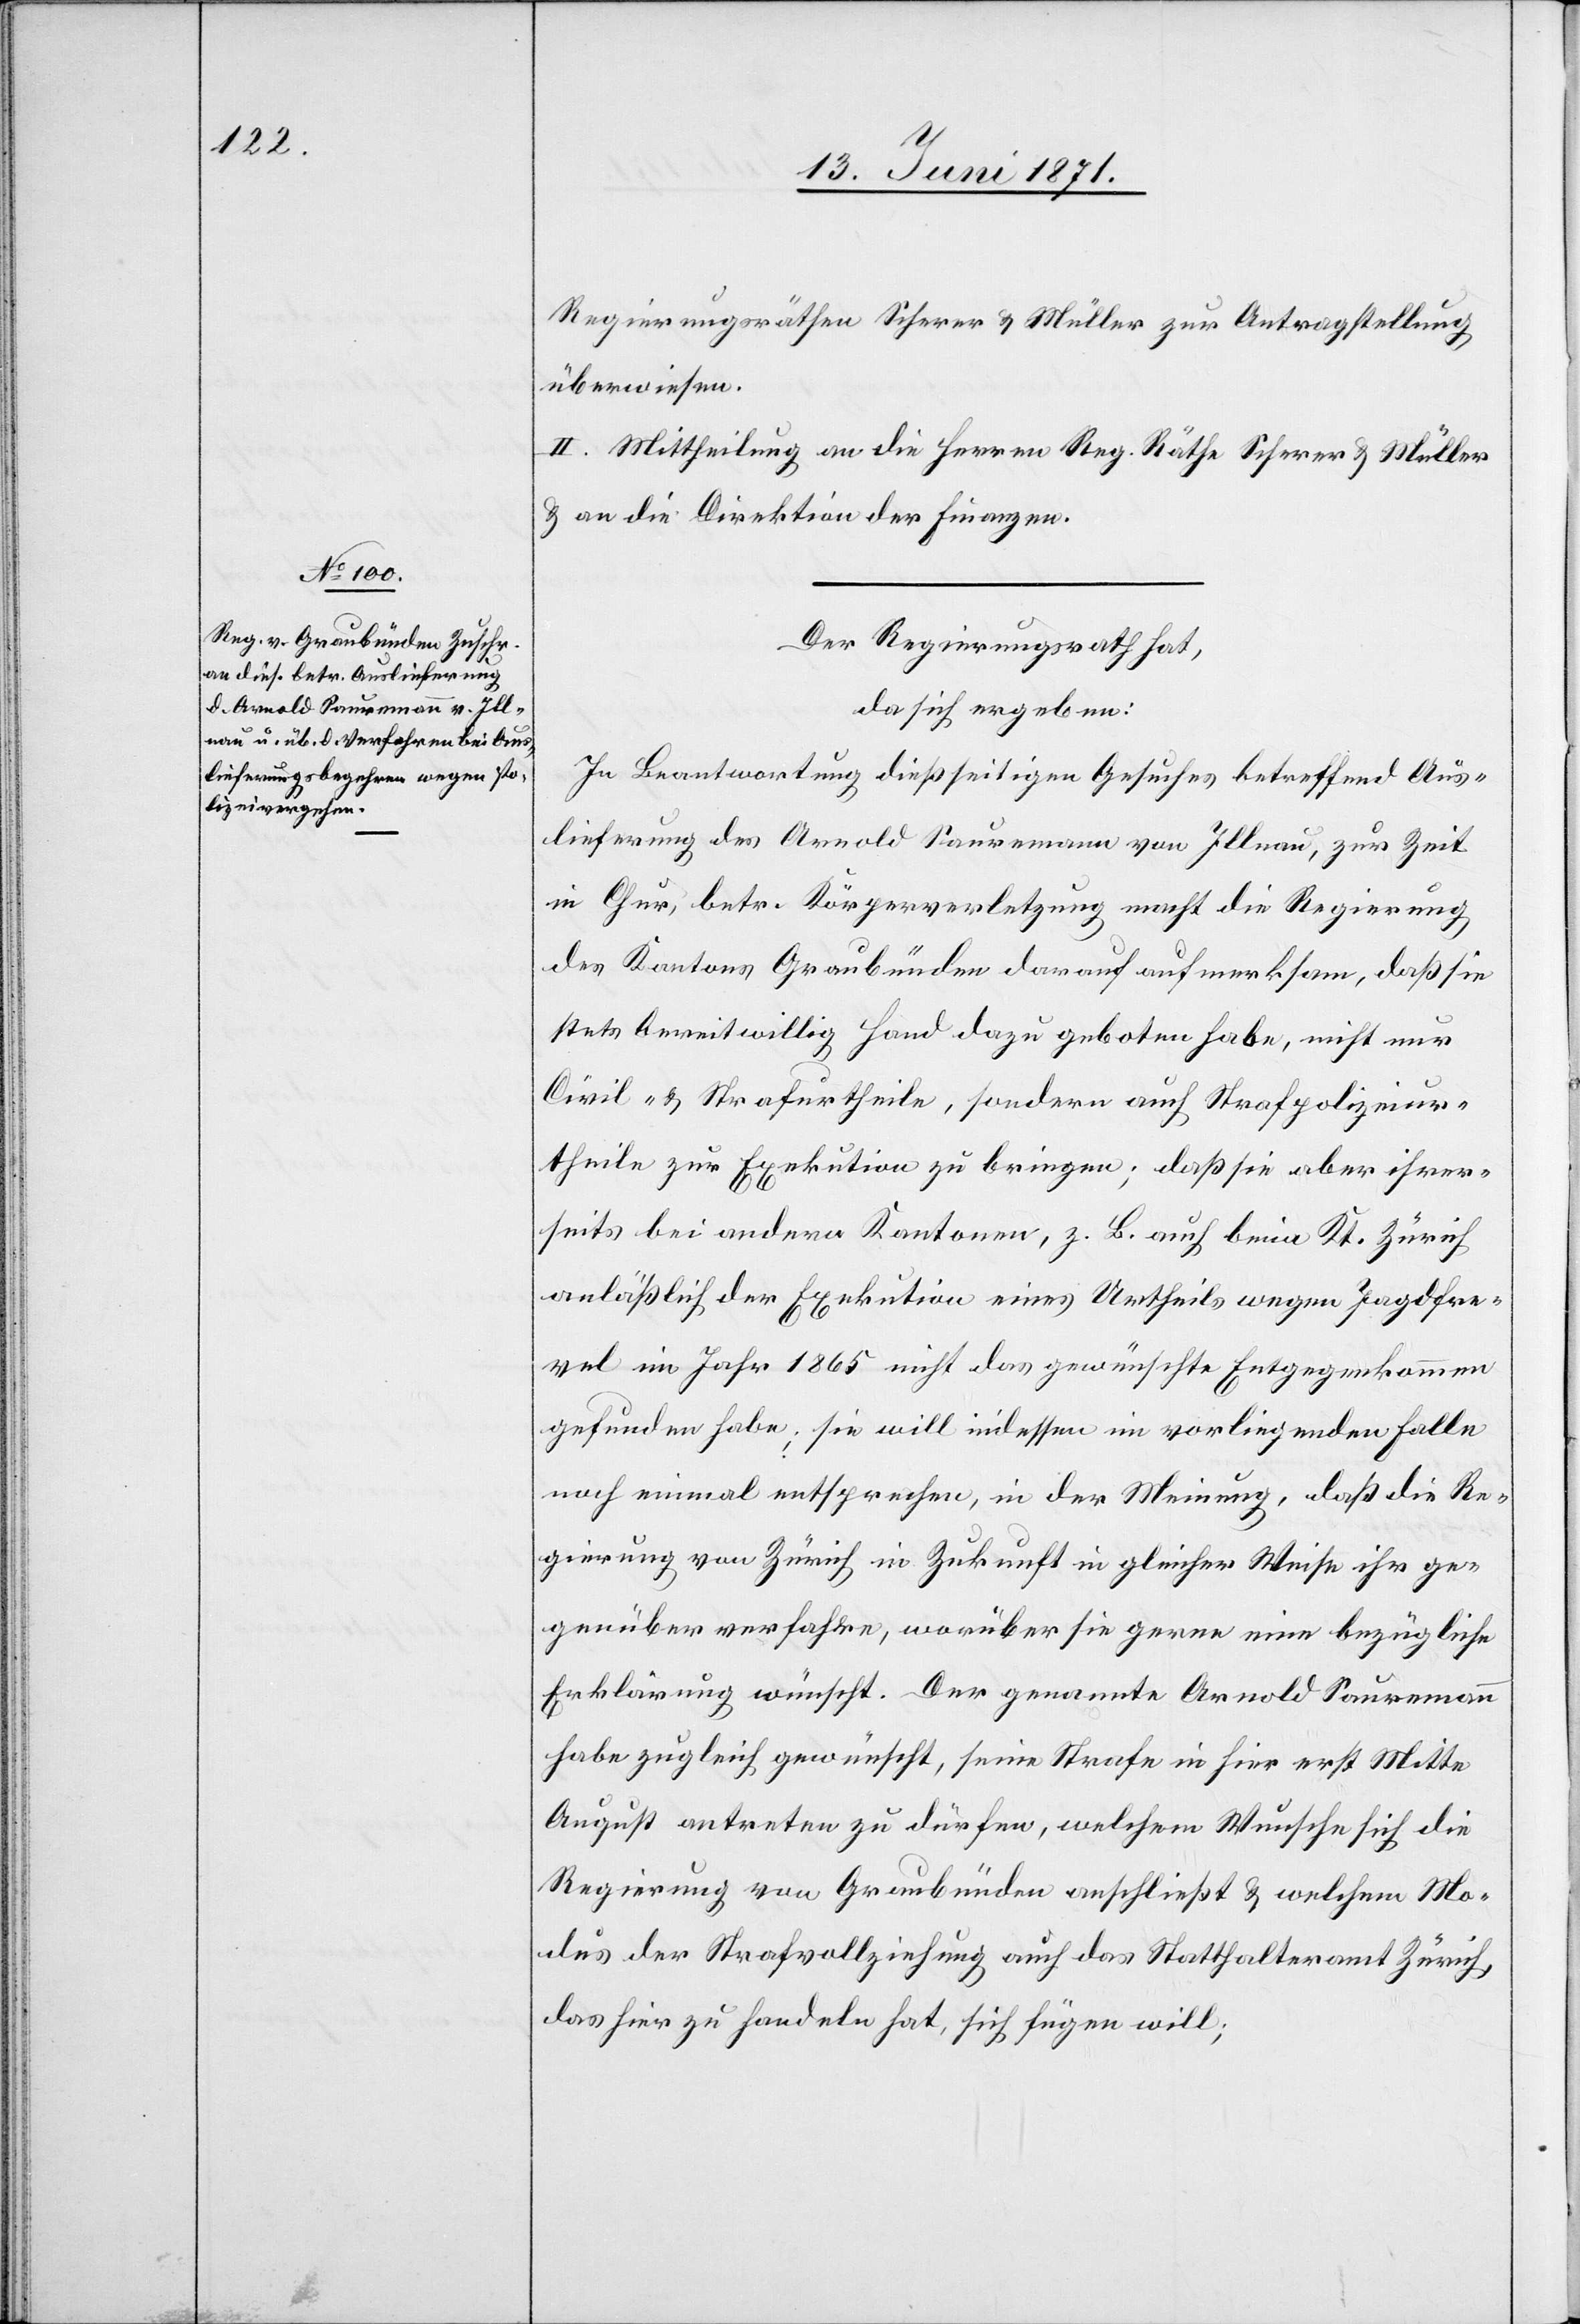
Regierungsräthen Scherer u. Müller zur Antragstellung
überwiesen.
II. Mittheilung an die Herren Reg. Räthe Scherer u. Müller
u. an die Direktion der Finanzen.
Der Regierungsrath hat,
da sich ergeben:
In Beantwortung dießseitigen Gesuches betreffend Aus¬
lieferung des Arnold Sauremann von Illnau, zur Zeit
in Chur, betr. Körperverletzung macht die Regierung
des Kantons Graubünden darauf aufmerksam, daß sie
stets bereitwillig Hand dazu geboten habe, nicht nur
Civil- u. Strafurtheile, sondern auch Strafpolizeiur¬
theile zur Exekution zu bringen; daß sie aber ihrer¬
seits bei andern Kantonen, z. B. auch beim Kt. Zürich
anläßlich der Exekution eines Urtheils wegen Jagdfre¬
vel im Jahr 1865 nicht das gewünschte Entgegenkommen
gefunden habe; sie will indessen im vorliegenden Falle
noch einmal entsprechen, in der Meinung, daß die Re¬
gierung von Zürich in Zukunft in gleicher Weise ihr ge¬
genüber verfahre, worüber sie gerne eine bezügliche
Erklärung wünscht. Der genannte Arnold Sauremann
habe zugleich gewünscht, seine Strafe in hier erst Mitte
August antreten zu dürfen, welchem Wunsche sich die
Regierung von Graubünden anschließt u. welchen Mo¬
dus der Strafvollziehung auch das Statthalteramt Zürich,
das hier zu handeln hat, sich fügen will;